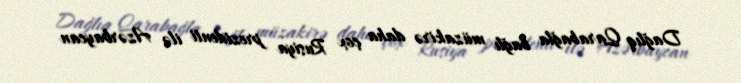
Dağlıq Qarabağla bağlı müzakirə daha çox Rusiya prezidenti ilə Azərbaycan